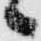
々